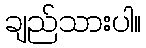
ချည်သားပါ။